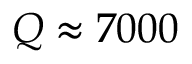
Q \approx 7 0 0 0